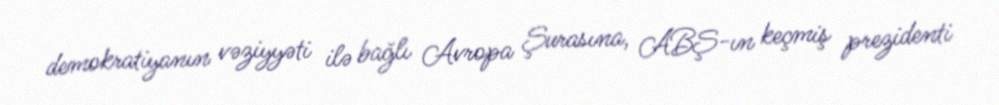
demokratiyanın vəziyyəti ilə bağlı Avropa Şurasına, ABŞ-ın keçmiş prezidenti